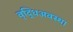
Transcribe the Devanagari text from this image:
वृद्धिअवस्था